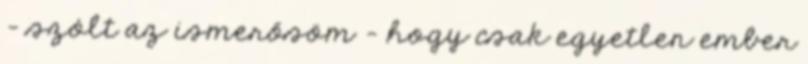
– szólt az ismerősöm - hogy csak egyetlen ember